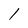
Character: l